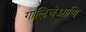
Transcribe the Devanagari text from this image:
गालिचेआणि